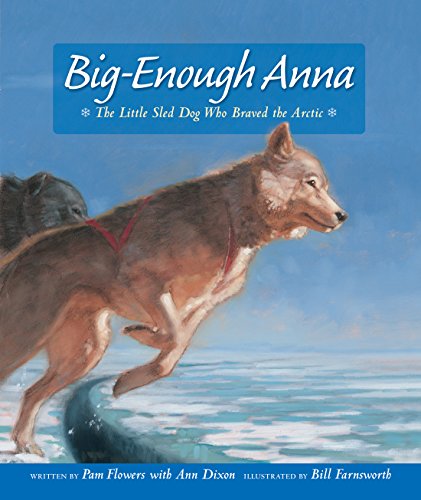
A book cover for Big-Enough Anna; Pam Flowers; Travel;